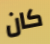
كان